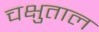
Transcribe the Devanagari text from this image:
चक्षुताल